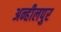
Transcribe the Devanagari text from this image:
अन्हीलपुर